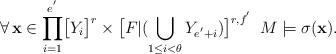
LaTeX: \begin{align*}\forall\,\mathbf{x}\in\displaystyle{\prod_{i=1}^{e^{'}}}\big{[}Y_{i}\big{]}^{r}\times\big{[}F|(\bigcup_{1\leq i<\theta}Y_{e^{'}+i})\big{]}^{r,f^{'}}\,\,\, M\models\sigma(\mathbf{x}).\end{align*}